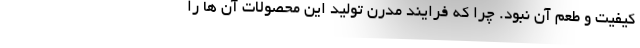
کیفیت و طعم آن نبود. چرا که فرایند مدرن تولید این محصولات آن ها را